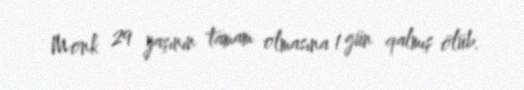
Monk 29 yaşının tamam olmasına 1 gün qalmış ölüb.